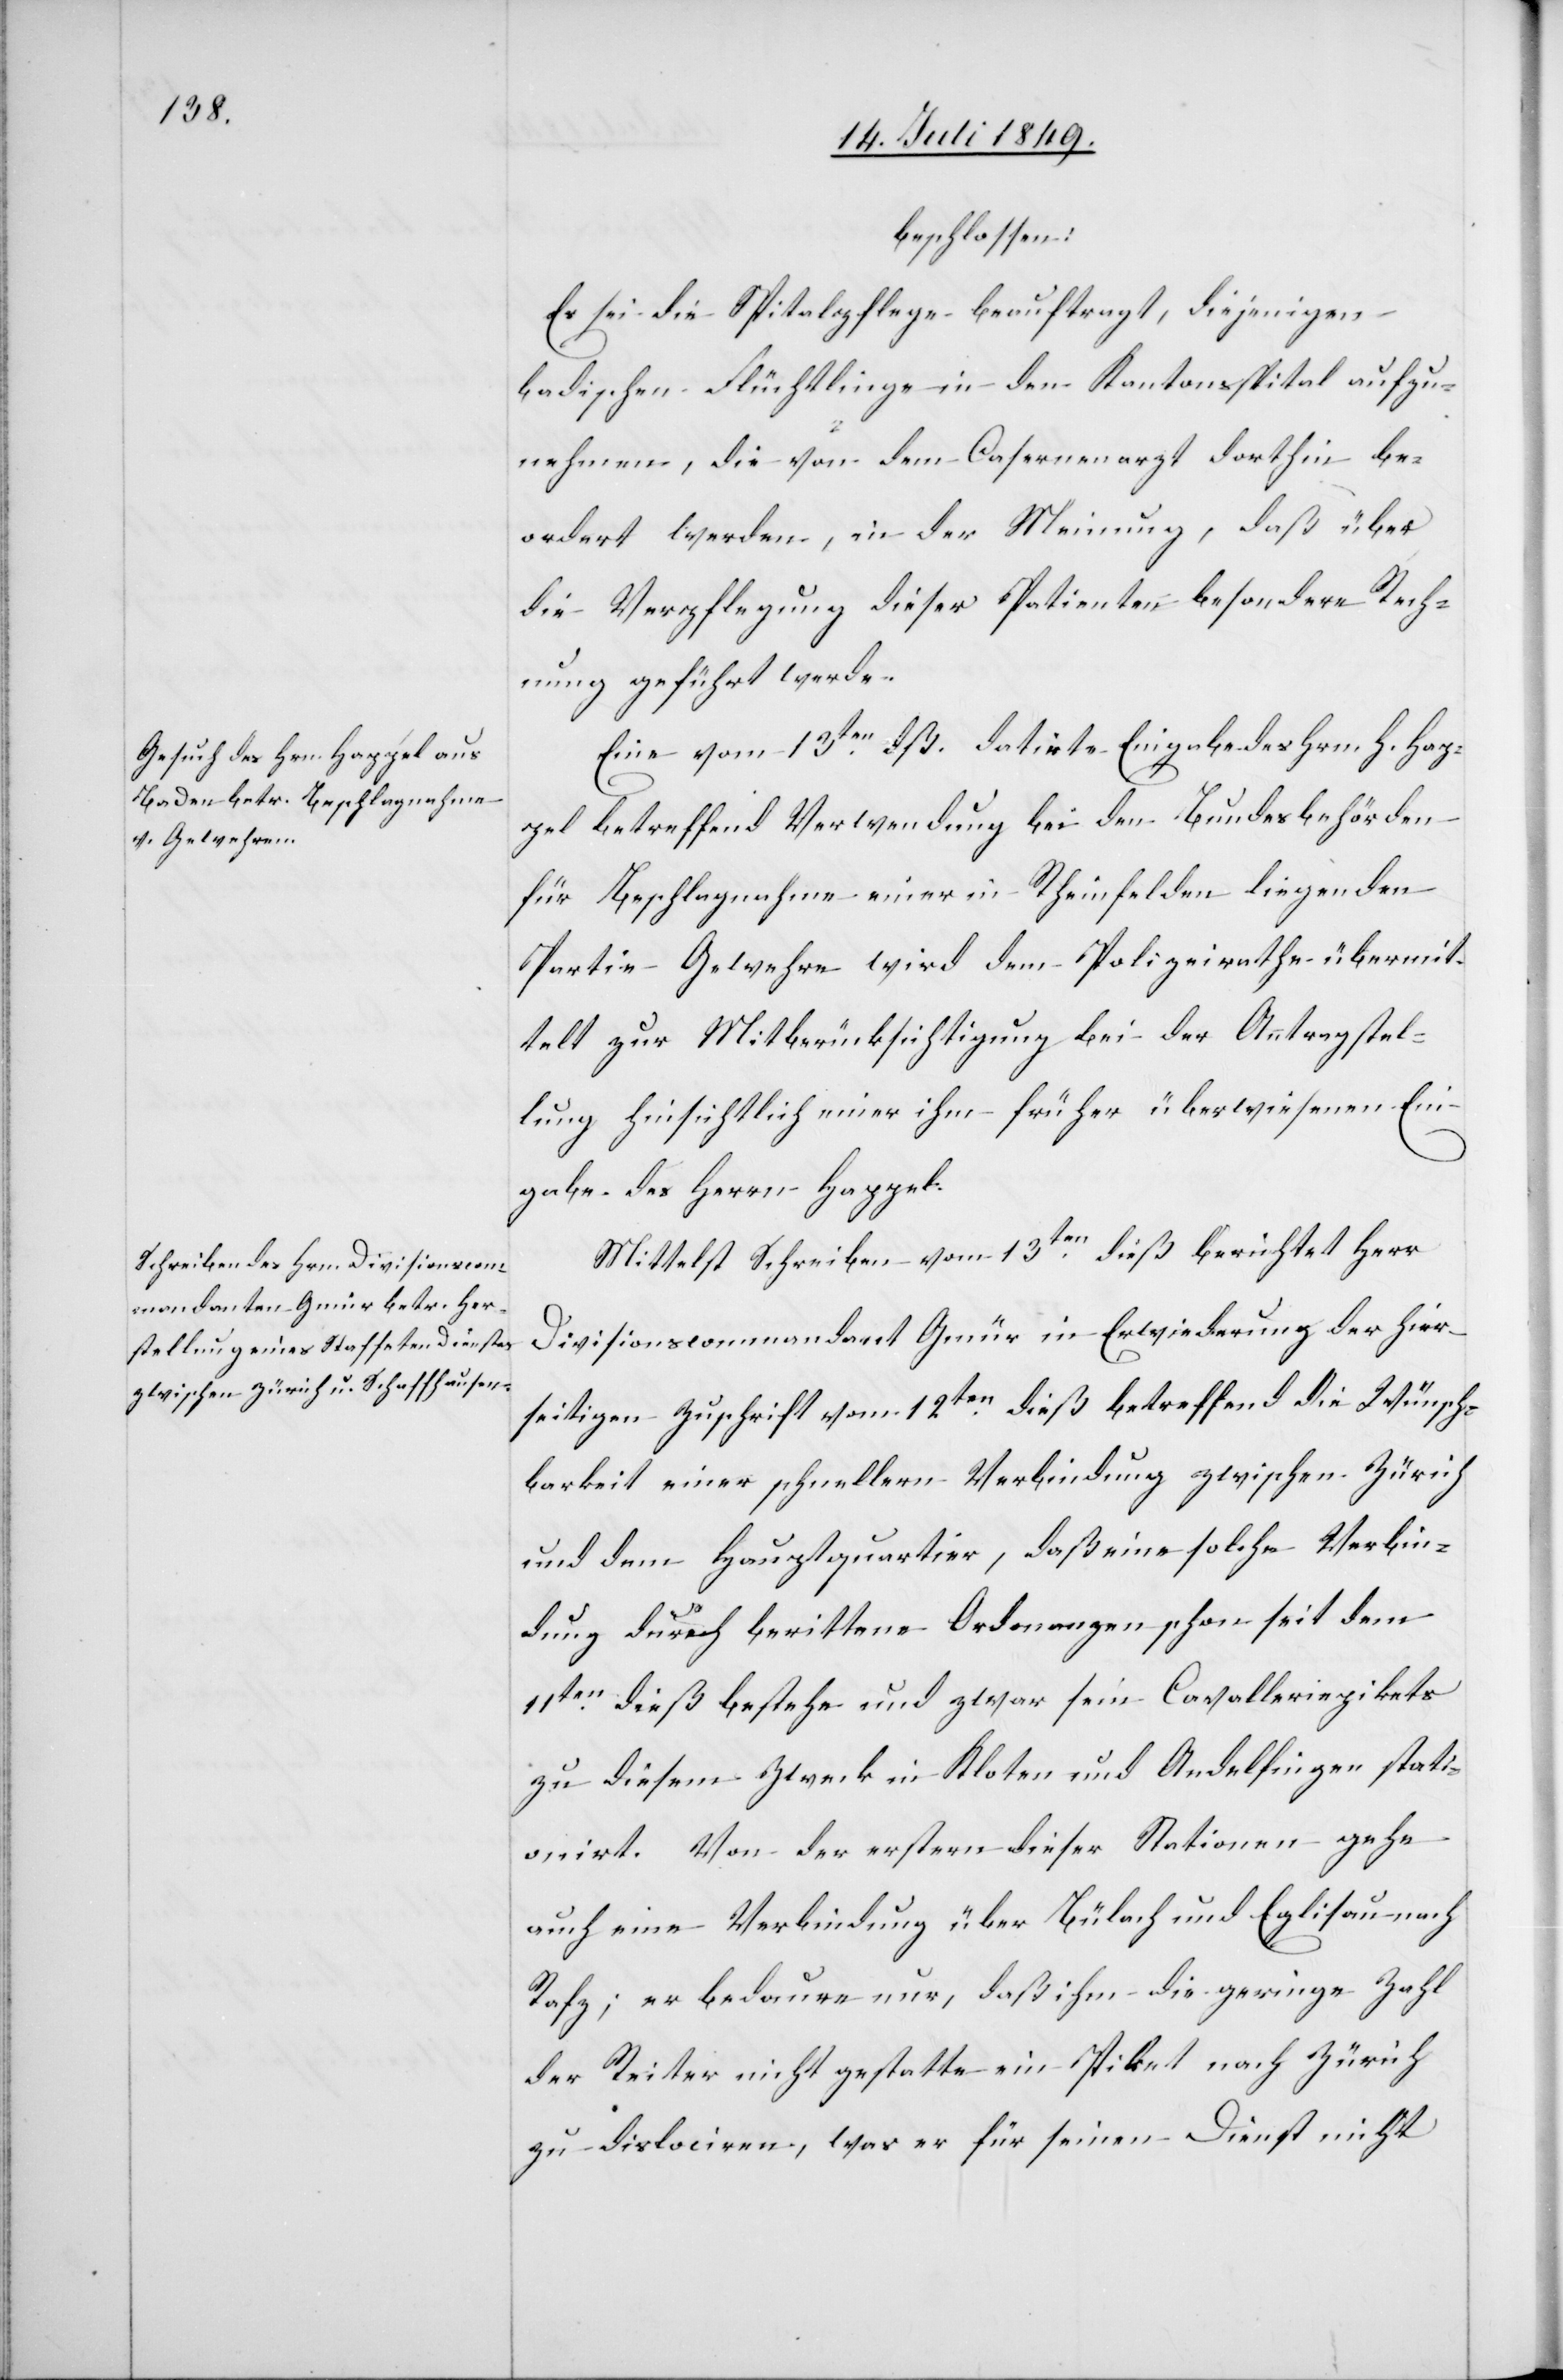
beschlossen:
Es sei die Spitalpflege beauftragt, diejenigen
badischen Flüchtlinge in den Kantonsspital aufzu¬
nehmen, die von dem Casernearzt dorthin be¬
ordert werden, in der Meinung, daß über
die Verpflegung dieser Patienten besondere Rech¬
nung geführt werde.
Eine vom 13ten dß. datirte Eingabe des Hrn. H. Hap¬
pel betreffend Verwendung bei den Bundesbehörden
für Beschlagnahme einer in Rheinfelden liegenden
Partie Gewehre wird dem Polizeirathe übermit¬
telt zur Mitberücksichtigung bei der Antragstel¬
lung hinsichtlich einer ihm früher überwiesenen Ein¬
gabe des Herrn Happel.
Mittelst Schreiben vom 13ten dieß berichtet Herr
Divisionscommandant Gmür in Erwiederung der hier¬
seitigen Zuschrift vom 12ten dieß betreffend die Wünsch¬
barkeit einer schnellern Verbindung zwischen Zürich
und dem Hauptquartier, daß eine solche Verbin¬
dung durch berittene Ordonanzen schon seit dem
11ten dieß bestehe und zwar seien Cavalleriepikets
zu diesem Zweck in Kloten und Andelfingen stati¬
onirt. Von der erstern dieser Stationen gehe
auch eine Verbindung über Bülach und Eglisau nach
Rafz; er bedaure nur, daß ihm die geringe Zahl
der Reiter nicht gestatte ein Piket nach Zürich
zu dislociren, was er für seinen Dienst nicht